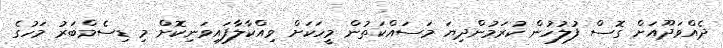
ދެއްވަދޫއަށް ގޮސް ފުލުހުން ކުރަމުންދިޔަ މަސައްކަތުން މީހަކަށް ވިއްކާލާފައިވަނިކޮށް މި ޑިސެމްބަރު މަހުގެ